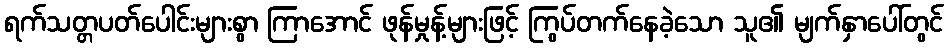
ရက်သတ္တပတ်ပေါင်းများစွာ ကြာအောင် ဖုန်မှုန့်များဖြင့် ကြွပ်တက်နေခဲ့သော သူ၏ မျက်နှာပေါ်တွင်